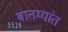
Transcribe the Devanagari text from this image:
बातम्‍यांत